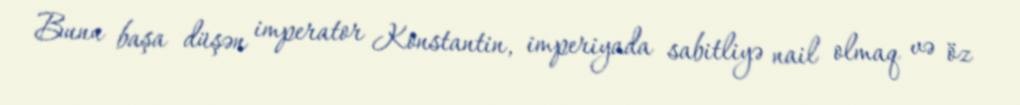
Bunu başa düşən imperator Konstantin, imperiyada sabitliyə nail olmaq və öz